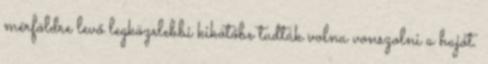
mérföldre levő legközelebbi kikötőbe tudták volna vonszolni a hajót.